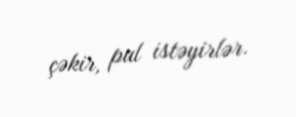
çəkir, pul istəyirlər.